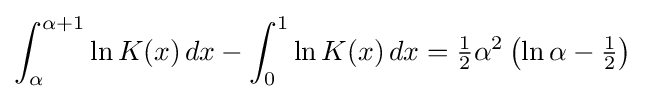
\int _{\alpha }^{\alpha +1}\ln K(x)\,dx-\int _{0}^{1}\ln K(x)\,dx={\tfrac {1}{2}}\alpha ^{2}\left(\ln \alpha -{\tfrac {1}{2}}\right)